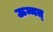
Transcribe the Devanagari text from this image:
ऊन्मत्